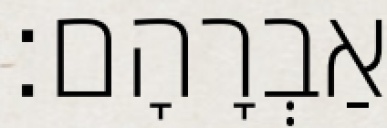
אַבְרָהָם׃